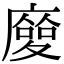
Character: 𢋌